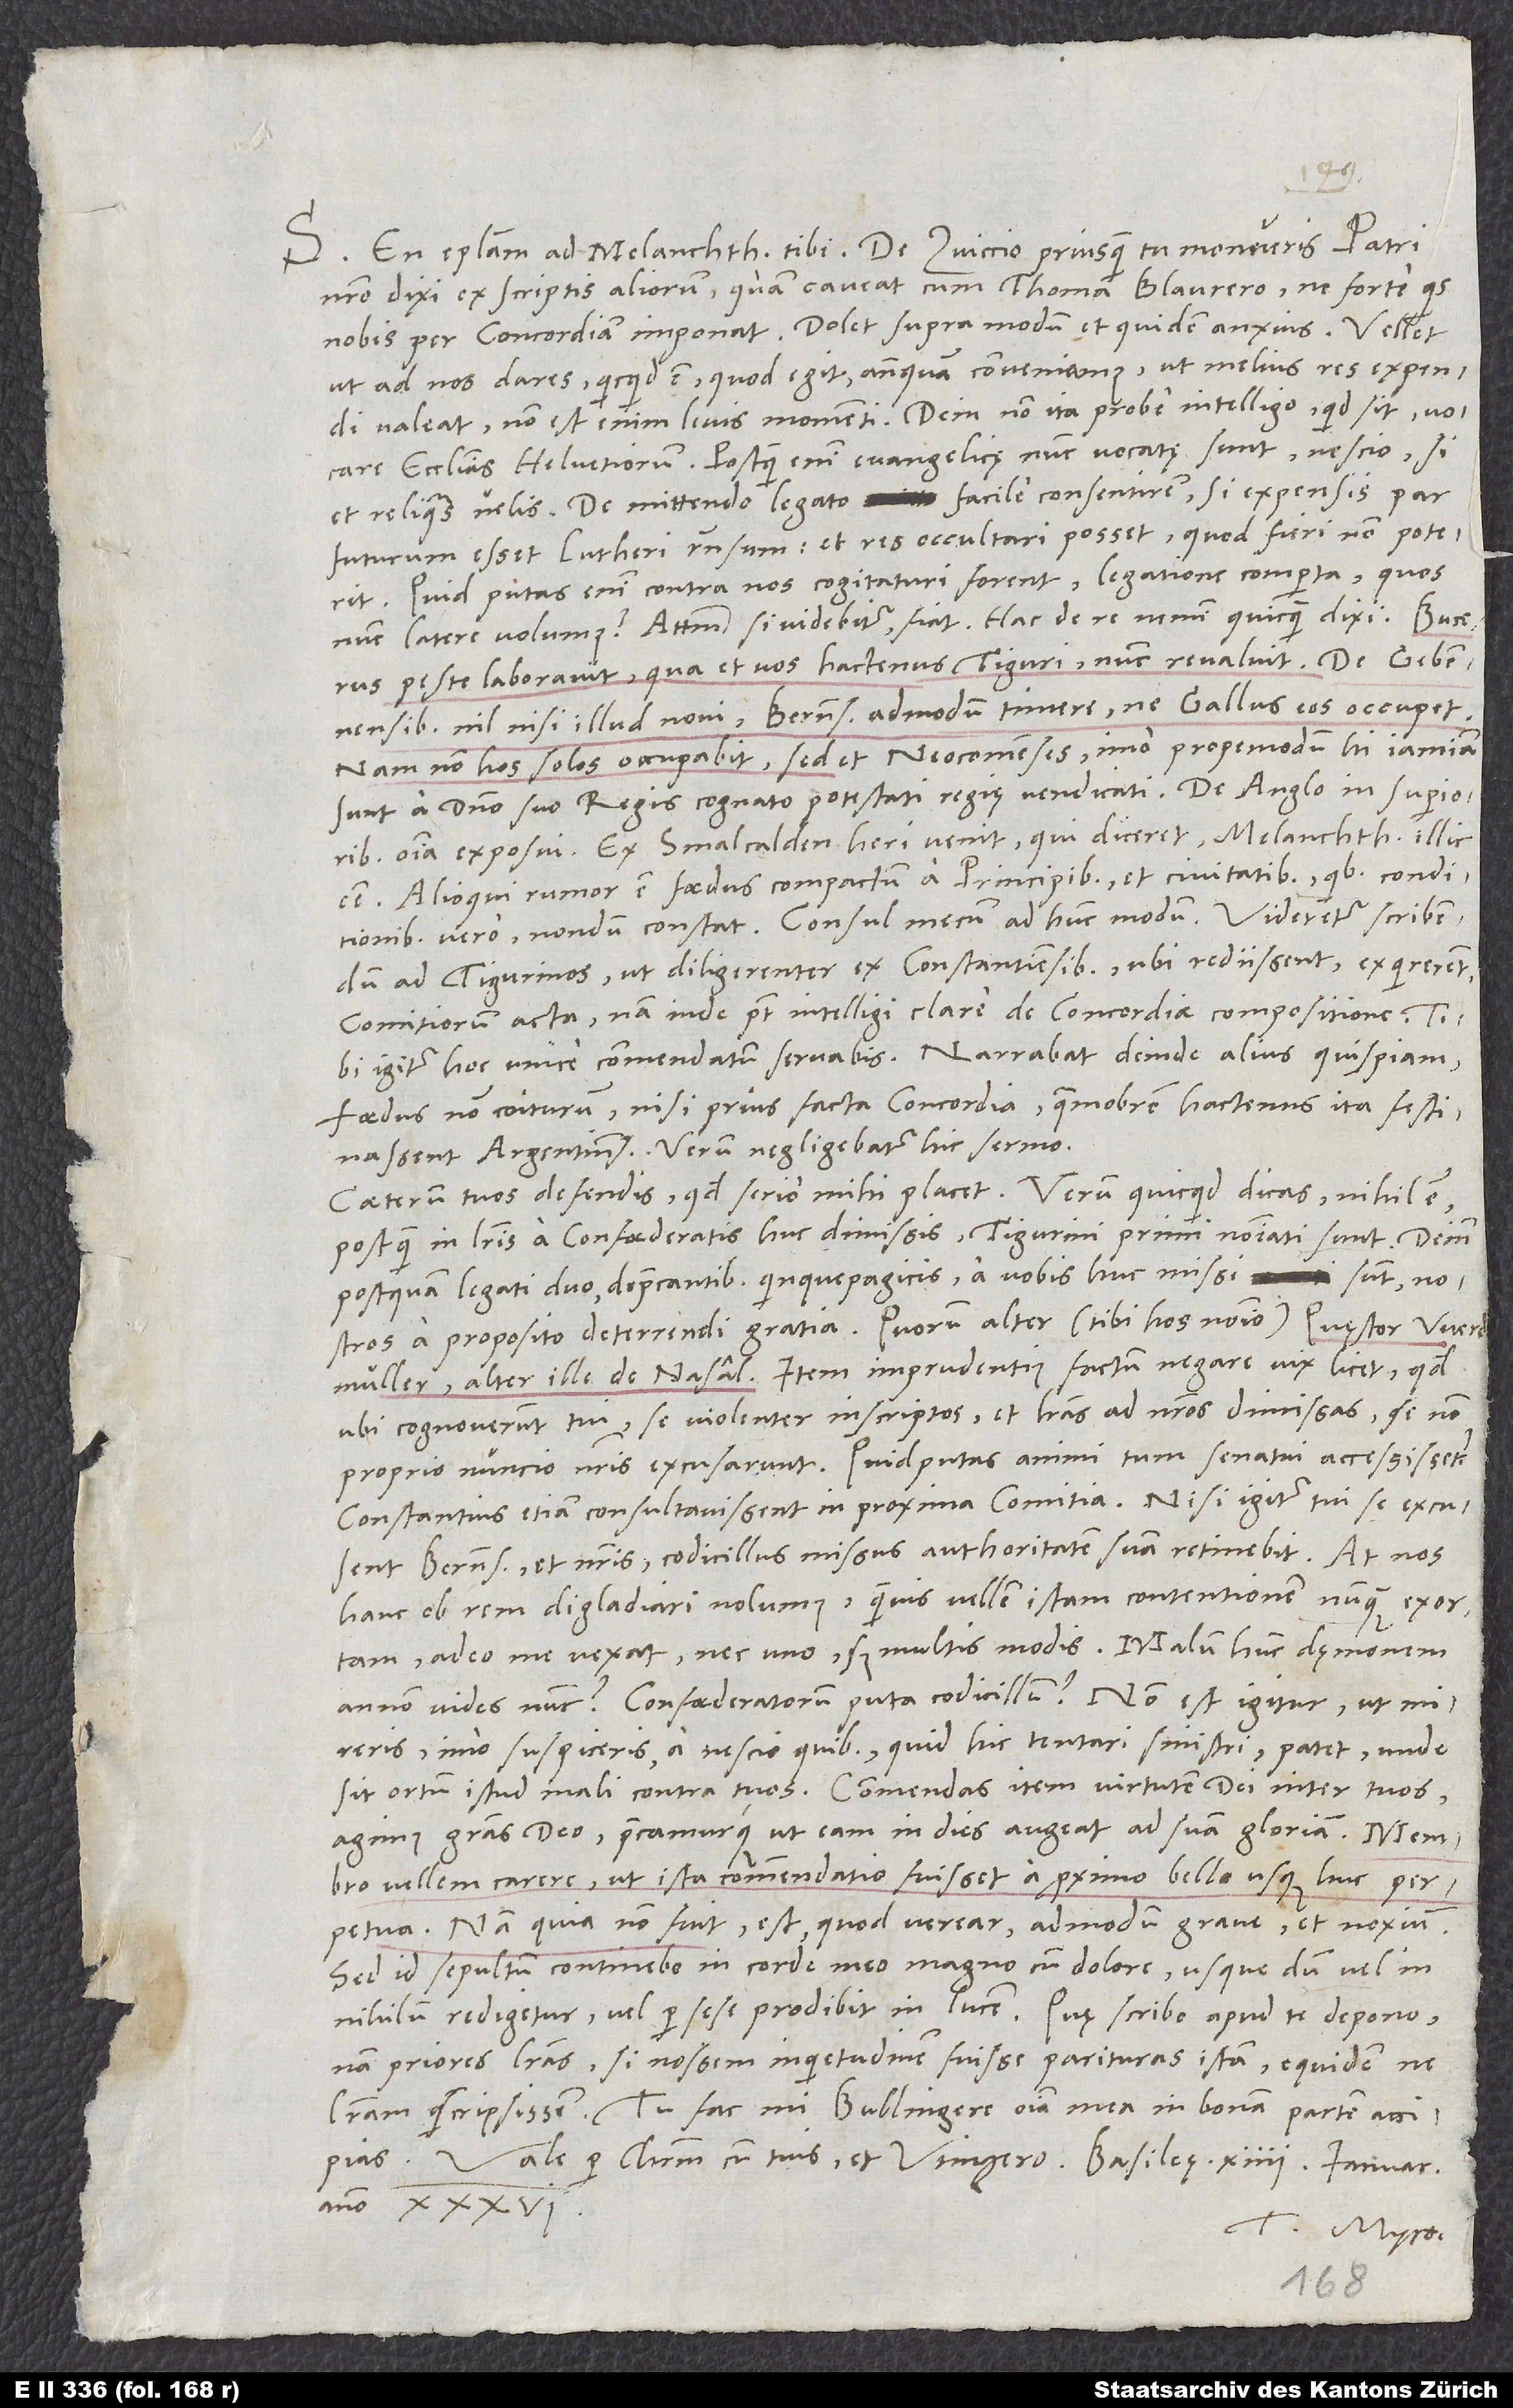
14.
nostro dixi ex scriptis aliorum, quam caveat cum Thoma Blaurero, ne forte quis
nobis per concordiam imponat. Dolet supra modum et quidem anxius. Vellet,
ut ad nos dares, quicquid est, quod egit, antequam conveniamus, ut melius res expendi valeat.
ecclesias Helvetiorum. Postquam enim evangelicę nunc vocatę sunt, nescio, si
et reliquas velis. De mittendo legato facile consentirem, si expensis par
futurum esset Lutheri responsum et res occultari posset, quod fieri non poterit.
Quid putas enim contra nos cogitaturi forent legatione comperta, quos
nunc latere volumus? Attamen, si videbitur, fiat. Hac de re nemini quicquam dixi.
peste laboravit, qua et vos hactenus Tiguri. Nunc revaluit.
nil nisi illud novi Bernenses admodum timere, ne Gallus eos occupet.
Nam non hos solos occupabit, sed et Neocomenses, imo propemodum hi iamiam
Ex Smalcalden heri venit, qui diceret Melanchthonem illic
esse. Alioqui rumor est foedus compactum a principibus et civitatibus, quibus conditionibus
vero, nondum constat. Consul mecum ad hunc modum: "Videretur scribendum
ad Tigurinos, ut diligenter ex Constantiensibus, ubi rediissent, exquirerent
comitiorum acta. Nam inde potest intelligi clare de concordiae compositione." Tibi
igitur hoc unice commendatum servabis. Narrabat deinde alius quispiam
foedus non coiturum, nisi prius facta concordia, quamobrem hactenus ita festinassent
Argentinenses. Verum negligebatur hic sermo.
Caeterum tuos defendis; quod serio mihi placet. Verum quicquid dicas, nihil est,
postquam in literis a confoederatis huc dimissis Tigurini primi nominati sunt, deinde
postquam legati duo deprecantibus Quinquepagicis a vobis huc missi sunt nostros
a proposito deterrendi gratia, quorum alter (tibi hos nomino) quęstor Werdmüller,
alter ille de Nasal. Item imprudentius factum negare vix licet, quod,
ubi cognoverunt tui se violenter inscriptos et literas ad nostros dimissas, se non
proprio nuncio nostris excusarunt. Quid putas animi tum senatui accessisset?
Constantius etiam consultavissent in proxima domitia. Nisi igitur tui se excusent
Bernensibus et nostris, codicillus missus authoritatem suam retinebit. At nos
hanc ob rem digladiari nolumus, quamvis vellem islam contentionem nunquam exortam,
adeo me vexat, nec uno, sed multis modis. Malum hunc dęmonem
annon vides nunc? Confoederatorum puta codicillum? Non est igitur, ut mireris,
imo suspiceris a nescio quibus quid hic tentari sinistri. Patet, unde
sit ortum istud mali contra tuos. Commendas item virtutem dei inter tuos.
Agimus gratias deo precamurque, ut eam in dies augeat ad suam gloriam. Membro
vellem carere, ut ista commendatio fuisset a proximo bello usque huc perpetua.
Nam quia non fuit, est, quod verear, admodum grave et noxium.
Sed id sepultum continebo in corde meo magno cum dolore, usque dum vel in
nihilum redigetur vel per sese prodibit in lucem. Quae scribo, apud te depono.
Nam priores literas si nossem inquietudinem parituras istam, equidem ne
literam scripsissem. Tu fac, mi Bullingere, omnia mea in bonam partem accipias.
anno 36.